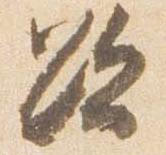
欲